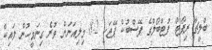
ބްލީޗާ ރިޕޯޓް ފުޓްބޯލްގެ ފޭސްބުކް ޕޭޖަކީ 8.2 މިލިއަނަށް ވުރެ ގިނަމީހުން ލައިކް